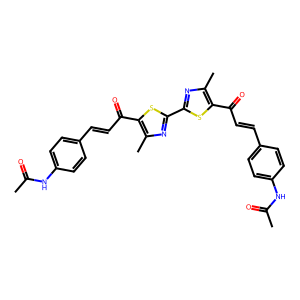
SMILES: CC(=O)Nc1ccc(C=CC(=O)c2sc(-c3nc(C)c(C(=O)C=Cc4ccc(NC(C)=O)cc4)s3)nc2C)cc1
Inhibits HIV replication: No